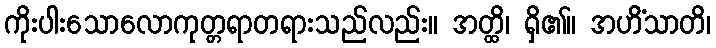
ကိုးပါးသောလောကုတ္တရာတရားသည်လည်း။ အတ္ထိ၊ ရှိ၏။ အဟိံသာတိ၊